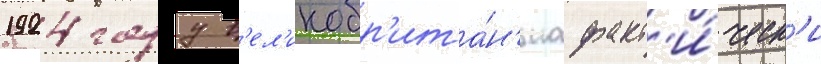
1924 году в'ел'икобр'ита́н'иа факт'и́ческ'и